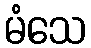
မံသေ